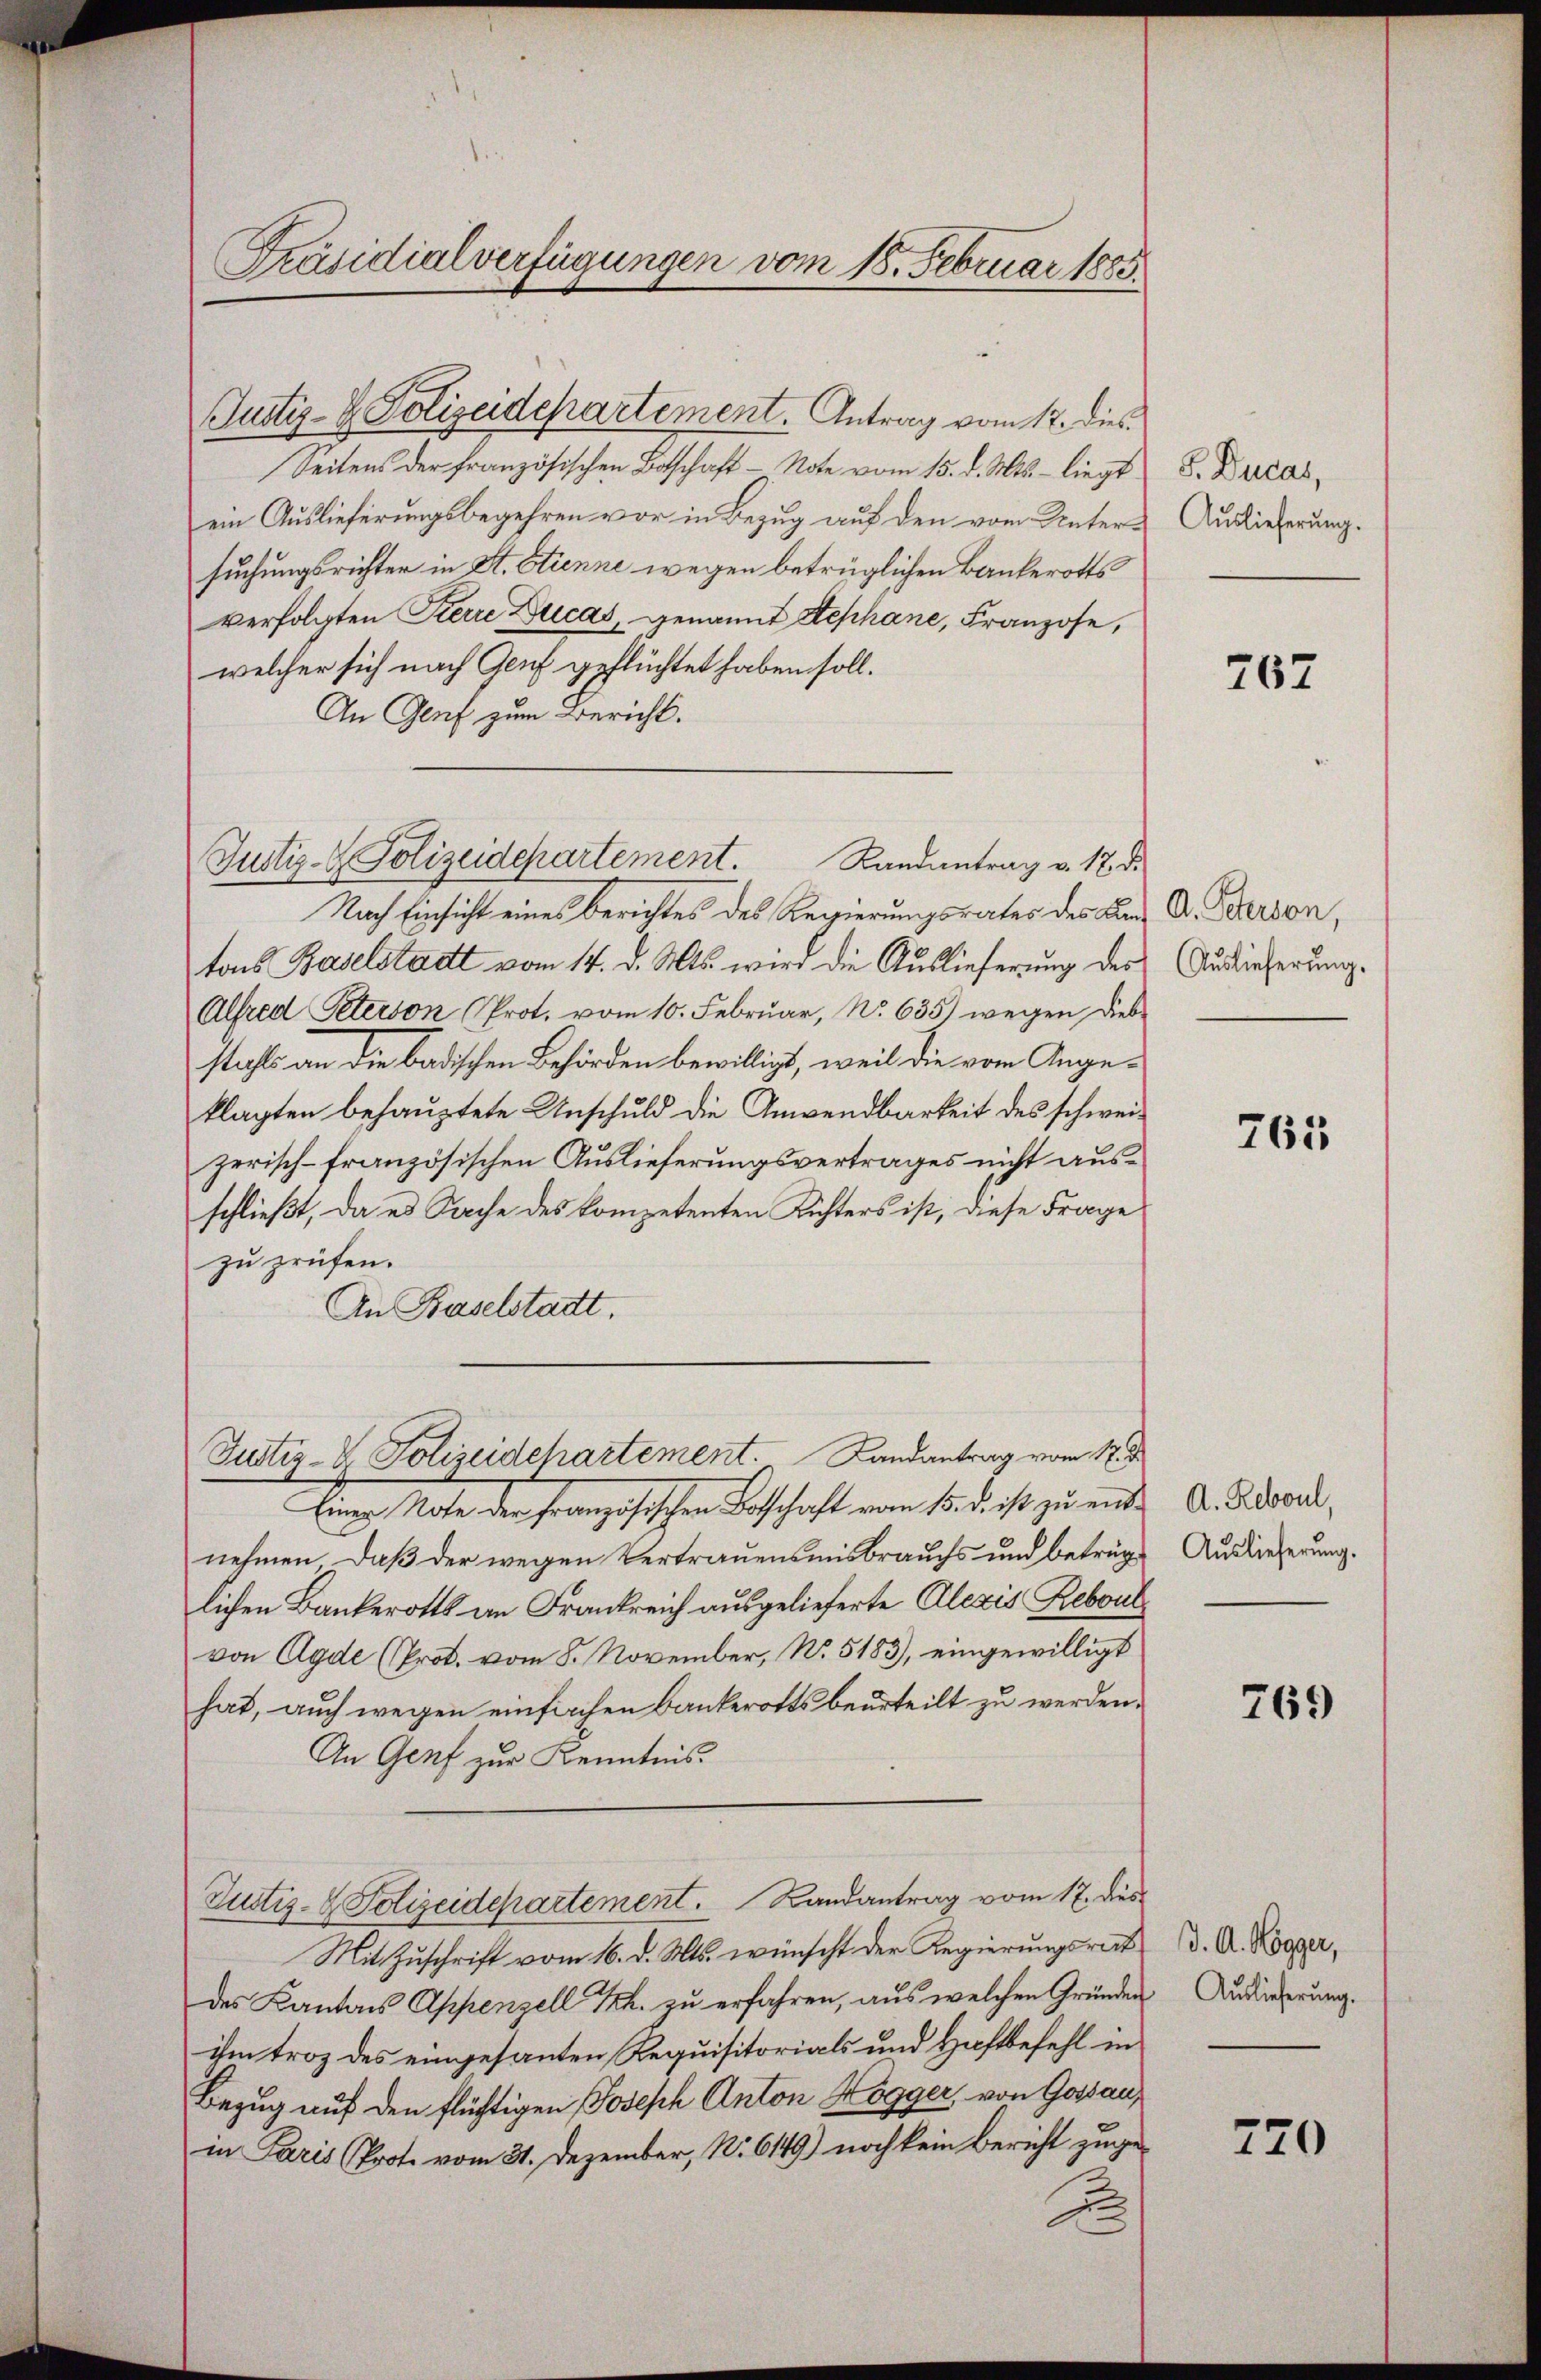
Präsidialverfügungen vom 18. Februar 1885.

Justiz- & Polizeidepartement. Antrag vom 12. dies
Seitens der französischen Botschaft - Note vom 15. d. Mts. - liegt
ein Auslieferungsbegehren vor in Bezug auf den vom Untersuchungsrichter in St. Etienne wegen betrüglichen Bankerotts
verfolgten Sterre Ducas, genannt Stephane, Franzose,
welcher sich nach Genf geflüchtet haben soll.
An Genf zum Bericht.
Nach Einsicht eines Berichtes des Regierungsrates des Bern Dr. Person,
tons Baselstadt vom 14. d. Mts. wird die Auslieferung des
Alfred Peterson (Prot. vom 10. Februar, N. 635) wegen dies-
stahls an die badischen Behörden bewilligt, weil die vom Angeklagten behauptete Anschuld die Anwendbarkeit des schweizerisch-französischen Auslieferungsvertrages nicht ausschließt, da es Sache des kompetenten Richters ist, diese Frage
zu prüfen.
An Baselstadt.
Justiz-V. Polizeidepartement. Landantrag vom 12. d.
Eine Note der Französischen Beschaft vom 14. d. ist zu entnehmen, daß der wegen Vertrauensmisbrauchs und betrüglichen Bankerotts an Frankreich ausgelieferte Alexis Reboul
von Agde (Prot. vom 8. November, No. 5183), eingewilligt
hat, auch wegen einfirchen Bankerotts beurteilt zu werden.
An Genf zur Kenntnis.
Justiz- & Polizeidepartement. Landantrag vom 17. dies
Mit Zuschrift vom 16. d. Mts. wünscht der Regierungsrat
des Kantons Appenzell Th. zu erfahren, aus welchen Gründen
ihm troz des eingesanten Requisitorials und Haftbefehl in
Bezug auf den flüchtigen Joseph Anton Hogger, von Gossau,
in Paris (Prote vom 31. Dezember, No 6149) noch kein Bericht zuge¬
u

Justiz- & Polizeidepartement. Landantrag v. 17. d.

S. Ducas,
Auslieferung.

Auslieferung.

767

763

A. Reboul,
Auslieferung.

769

d. A. Högger,
Auslieferung.

720